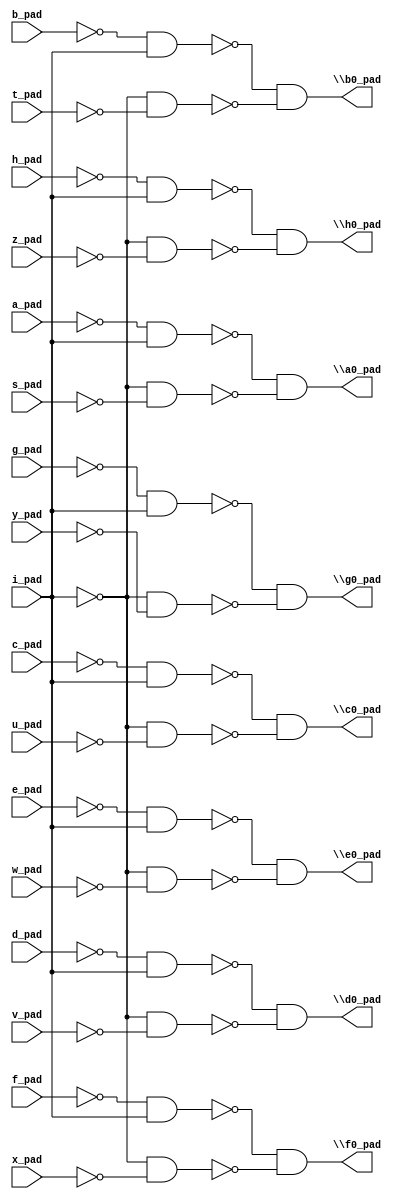
module top( a_pad , b_pad , c_pad , d_pad , e_pad , f_pad , g_pad , h_pad , i_pad , s_pad , t_pad , u_pad , v_pad , w_pad , x_pad , y_pad , z_pad , \a0_pad  , \b0_pad  , \c0_pad  , \d0_pad  , \e0_pad  , \f0_pad  , \g0_pad  , \h0_pad  );
  input a_pad ;
  input b_pad ;
  input c_pad ;
  input d_pad ;
  input e_pad ;
  input f_pad ;
  input g_pad ;
  input h_pad ;
  input i_pad ;
  input s_pad ;
  input t_pad ;
  input u_pad ;
  input v_pad ;
  input w_pad ;
  input x_pad ;
  input y_pad ;
  input z_pad ;
  output \a0_pad  ;
  output \b0_pad  ;
  output \c0_pad  ;
  output \d0_pad  ;
  output \e0_pad  ;
  output \f0_pad  ;
  output \g0_pad  ;
  output \h0_pad  ;
  wire n18 , n19 , n20 , n21 , n22 , n23 , n24 , n25 , n26 , n27 , n28 , n29 , n30 , n31 , n32 , n33 , n34 , n35 , n36 , n37 , n38 , n39 , n40 , n41 ;
  assign n18 = ~a_pad & i_pad ;
  assign n19 = ~i_pad & ~s_pad ;
  assign n20 = ~n18 & ~n19 ;
  assign n21 = ~b_pad & i_pad ;
  assign n22 = ~i_pad & ~t_pad ;
  assign n23 = ~n21 & ~n22 ;
  assign n24 = ~c_pad & i_pad ;
  assign n25 = ~i_pad & ~u_pad ;
  assign n26 = ~n24 & ~n25 ;
  assign n27 = ~d_pad & i_pad ;
  assign n28 = ~i_pad & ~v_pad ;
  assign n29 = ~n27 & ~n28 ;
  assign n30 = ~e_pad & i_pad ;
  assign n31 = ~i_pad & ~w_pad ;
  assign n32 = ~n30 & ~n31 ;
  assign n33 = ~f_pad & i_pad ;
  assign n34 = ~i_pad & ~x_pad ;
  assign n35 = ~n33 & ~n34 ;
  assign n36 = ~g_pad & i_pad ;
  assign n37 = ~i_pad & ~y_pad ;
  assign n38 = ~n36 & ~n37 ;
  assign n39 = ~h_pad & i_pad ;
  assign n40 = ~i_pad & ~z_pad ;
  assign n41 = ~n39 & ~n40 ;
  assign \a0_pad  = n20 ;
  assign \b0_pad  = n23 ;
  assign \c0_pad  = n26 ;
  assign \d0_pad  = n29 ;
  assign \e0_pad  = n32 ;
  assign \f0_pad  = n35 ;
  assign \g0_pad  = n38 ;
  assign \h0_pad  = n41 ;
endmodule